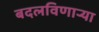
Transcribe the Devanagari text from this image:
बदलविणाऱ्या